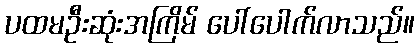
ပထမဦးဆုံးအကြိမ် ပေါ်ပေါက်လာသည်။